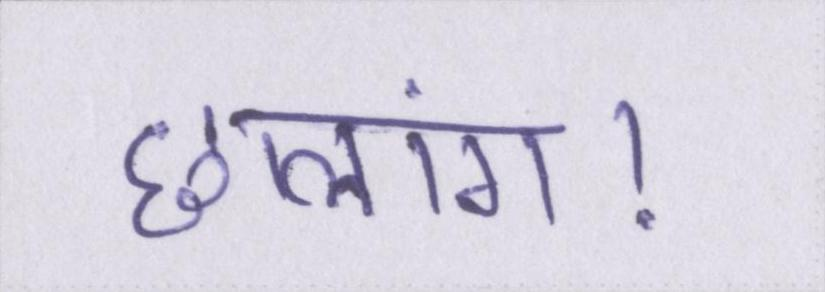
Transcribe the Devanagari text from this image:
छलांग।